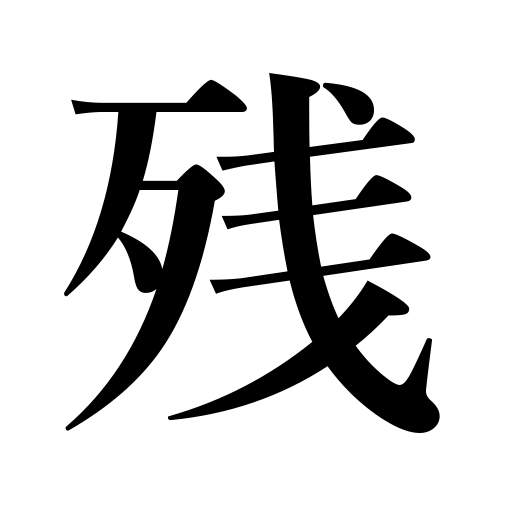
Meanings: remain,leave undone,bequeath,remainder,stay,leave behind,keep back,survive,reserve,be left over,amass,save,linger,balance